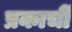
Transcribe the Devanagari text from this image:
प्रकार्ची